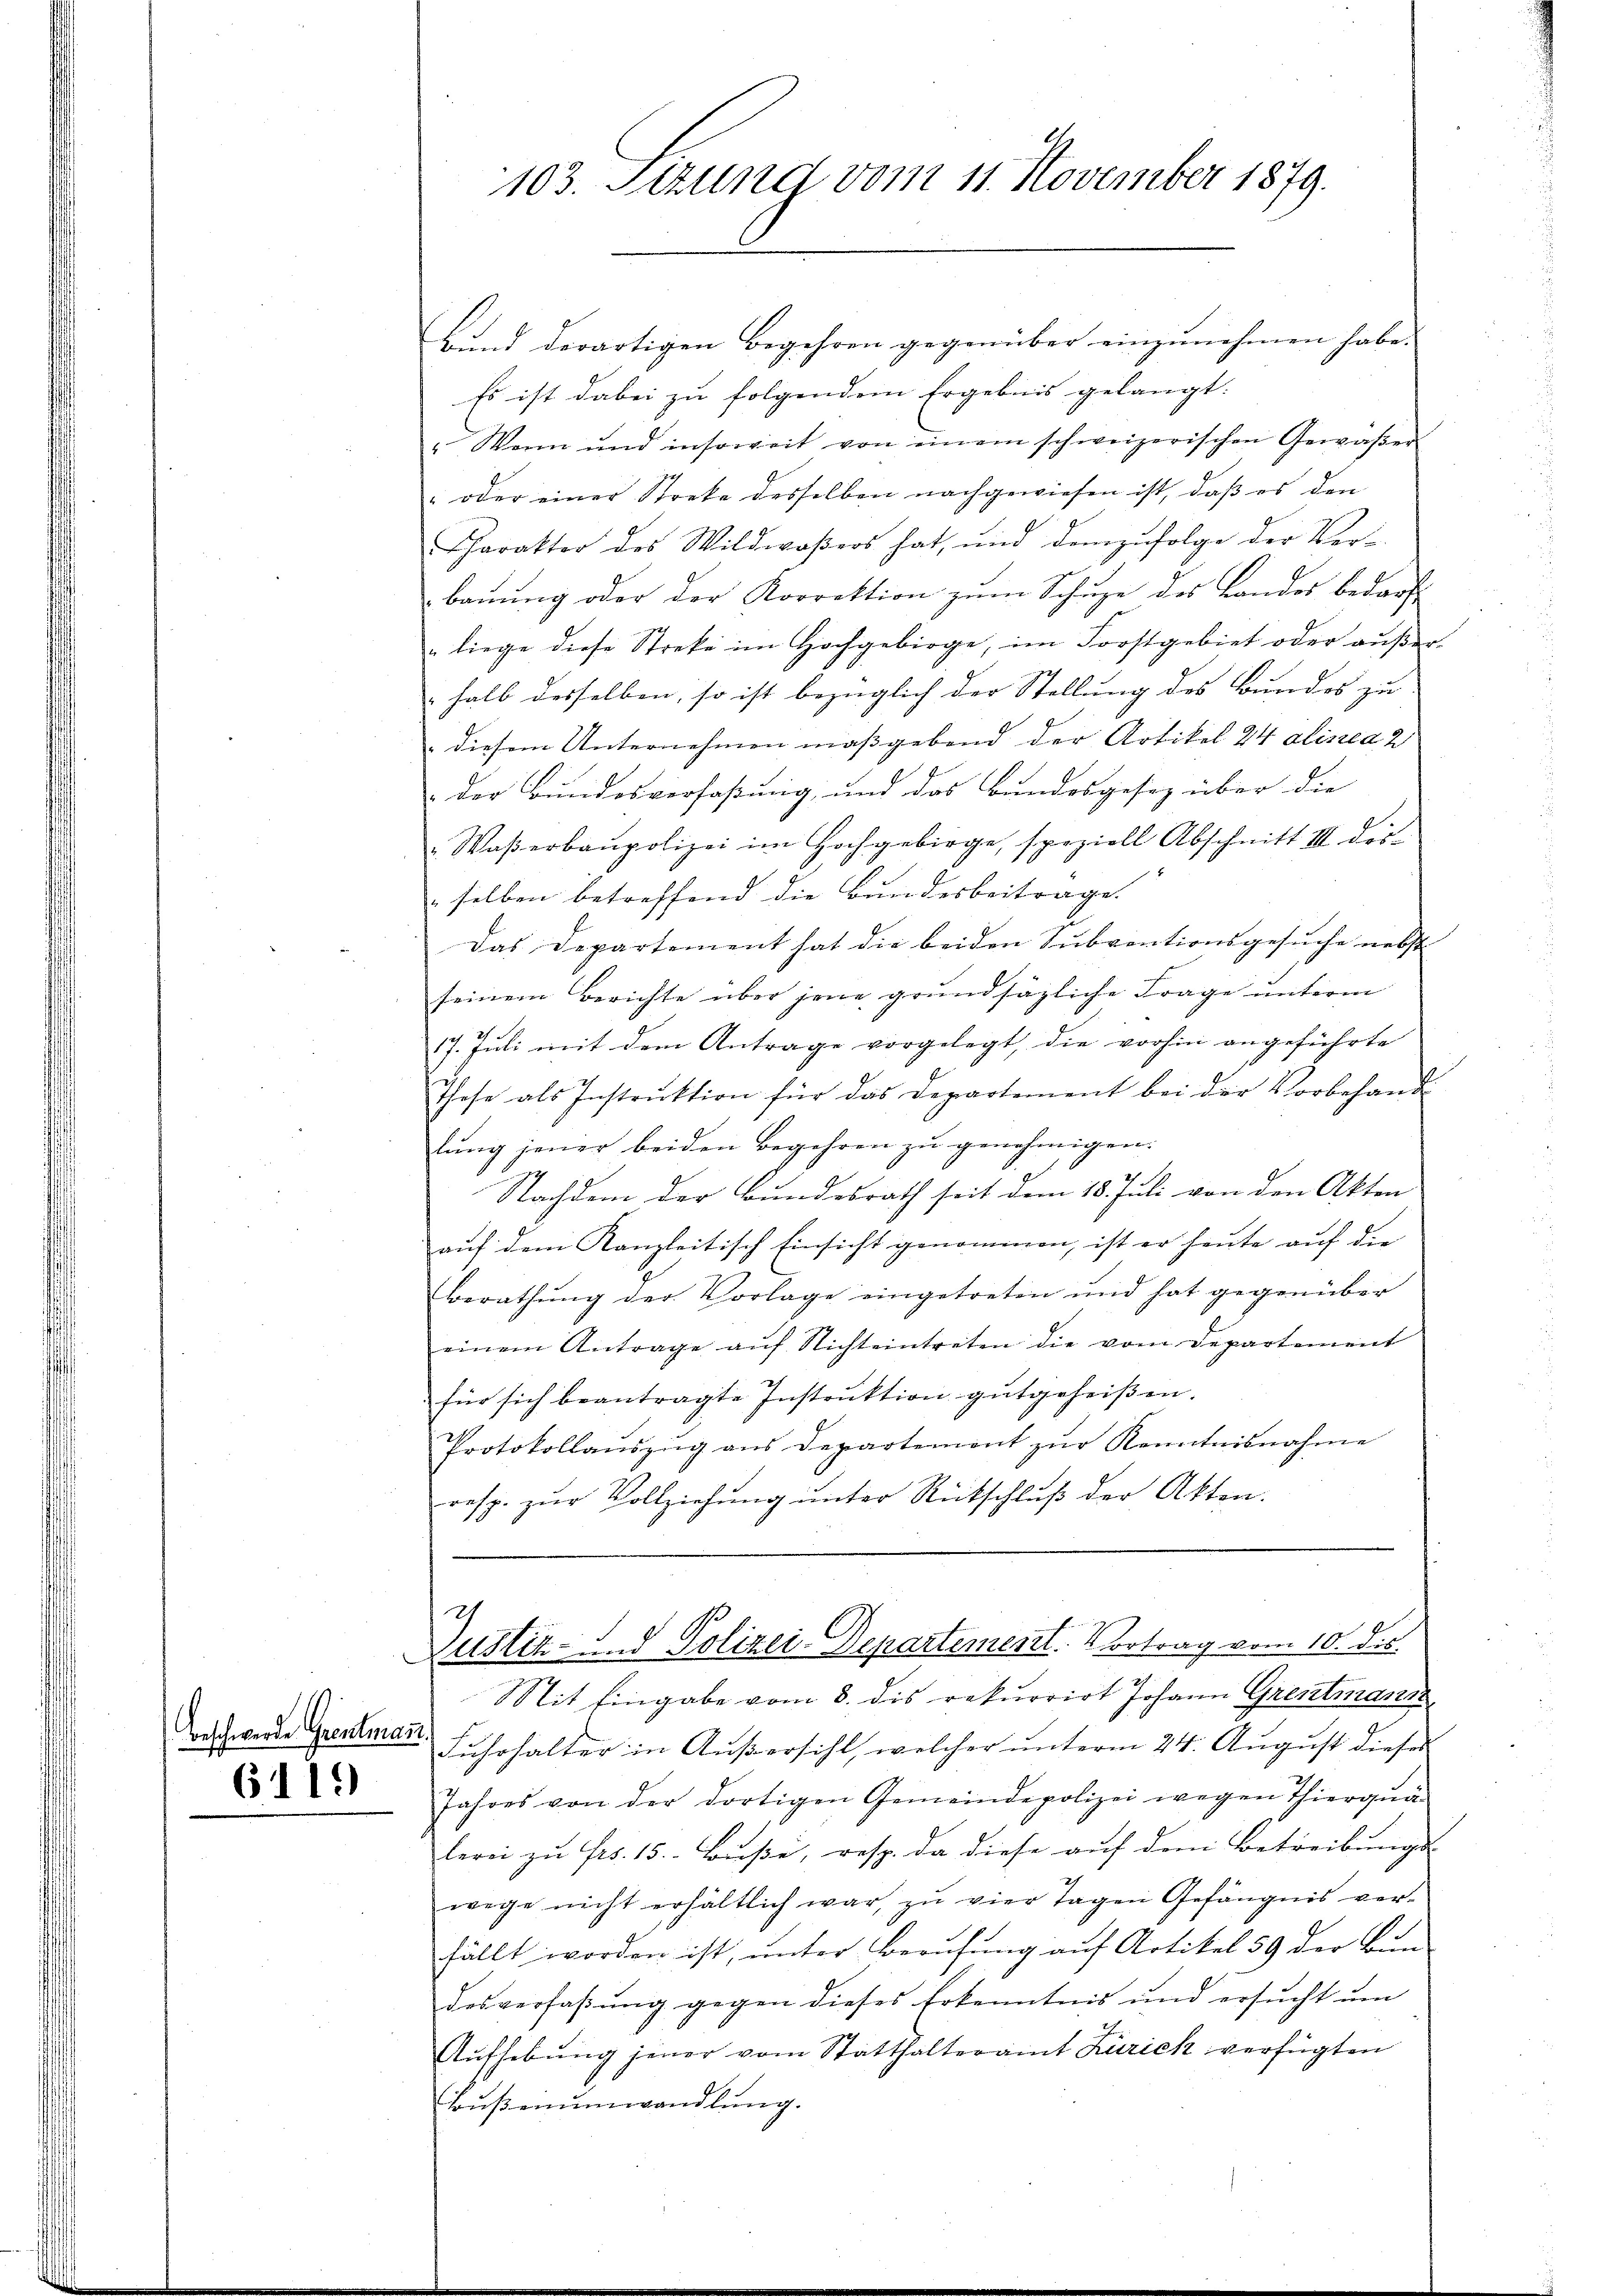
Beschwerde Grentmann.
6119)

Bund derartigen Begehren gegenüber einzunehmen habe.
Es ist dabei zu folgendem Ergebnis gelangt.
" Wann und insoweit von einem schweizerischen Gewäßer
" oder einer Streke desselben nachgewiesen ist, daβ es den
Charakter des Wildwaßers hat, und demzufolge der Ver-
baŭŭng oder der Korrektion zŭm Schŭze des Landes bedarf
liege diese Streke im Hochgebirge, im Forstgebiet oder außer-
halb desselben, so ist bezüglich der Stellung des Bundes zu
diesem Unternehmen maßgebend der Artikel 24 alinea 2
der Bundesverfaßung, und das Bundesgesez über die
" Waßerbaupolizei im Hochgebirge, speziell Abschnitt III dir
selben betreffend die Bundesbeitrage.
Das Departement hat die beiden Subventionsgesŭche nebst
seinem Berichte über jene grundsätzliche Frage unterm
17. Jŭli mit dem Antrage vorgelegt, die vorhin angeführte
These als Instrŭktion für das Departement bei der Vorbehand-
lung jener beiden Begehren zu genehmigen.
Nachdem der Bundesrath seit dem 18. Juli von den Akten
auf dem Kanzleitisch Einsicht genommen, ist er heute auf die
Berathŭng der Vorlage eingetreten und hat gegenüber
einem Antrage aŭf Nichteintreten die vom Departement
für sich beantragte Instrŭktion gutgeheißen.
Protokollaŭszŭg ans Departement zŭr Kenntnisnahme
resp. zur Vollziehung unter Rückschluß der Akten.

1.
103. Sitzung vom 11. November 1879.

g
Justiz- und Polizei-Departement. Vortrag vom 10. dis

Mit Eingabe vom 8. dis rekurrirt Johann Grentmann
Fuhrhalter in Außersihl, welcher unterm 24. August dieses
Jahres von der dortigen Gemeinde polizei wegen Thierqŭa
lerei zŭ frs. 15. Bŭβe, resp. da diese auf dem Betreibungs-
wege nicht erhältlich war, zu vier Tagen Gefängnis verfällt worden ist, unter Berufung auf Artikel 59 der Bun
desverfaßung gegen dieses Erkenntnis und ersŭcht ŭm
2
Aŭfhebung jener vom Statthalteramt Zurick verfügten
Bußenumwandlung.